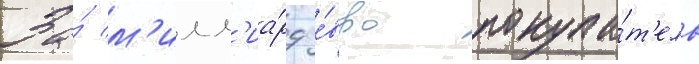
За́ м'илл'иа́рд е́вро покупа́т'ель